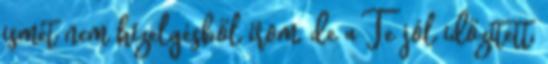
ismét nem hízelgésből írom, de a Te jól időzített,